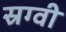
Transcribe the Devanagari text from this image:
स्रग्वी